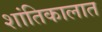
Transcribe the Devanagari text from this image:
शांतिकालात